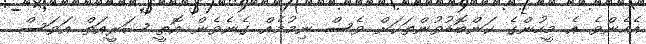
އެހެންވެ އެ މީހުންގެ ކަންބޮޑުވުންތަކަށް ވެސް ނިމުމެއް ގެނެވެން އޮތީ ޝަރީއަތް އަވަސް